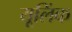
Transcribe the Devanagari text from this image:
यूलिंक